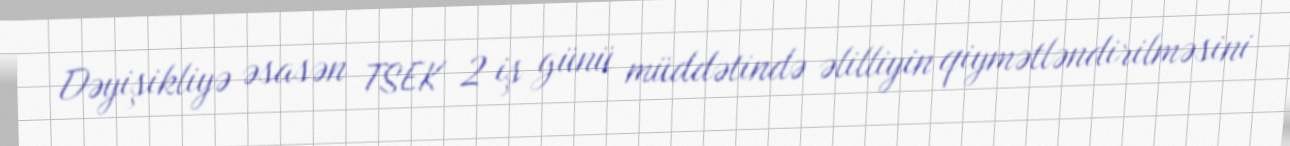
Dəyişikliyə əsasən TSEK 2 iş günü müddətində əlilliyin qiymətləndirilməsini